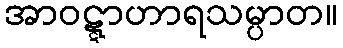
အာဝဋ္ဋာဟာရသမ္ပာတ။